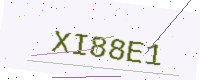
Text: XI88E1